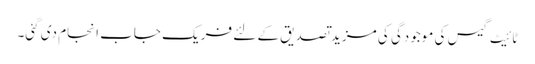
ٹائیٹ گیس کی موجودگی کی مزید تصدیق کے لئے فریک جاب انجام دی گئی۔